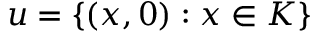
u = \{ ( x , 0 ) : x \in K \}